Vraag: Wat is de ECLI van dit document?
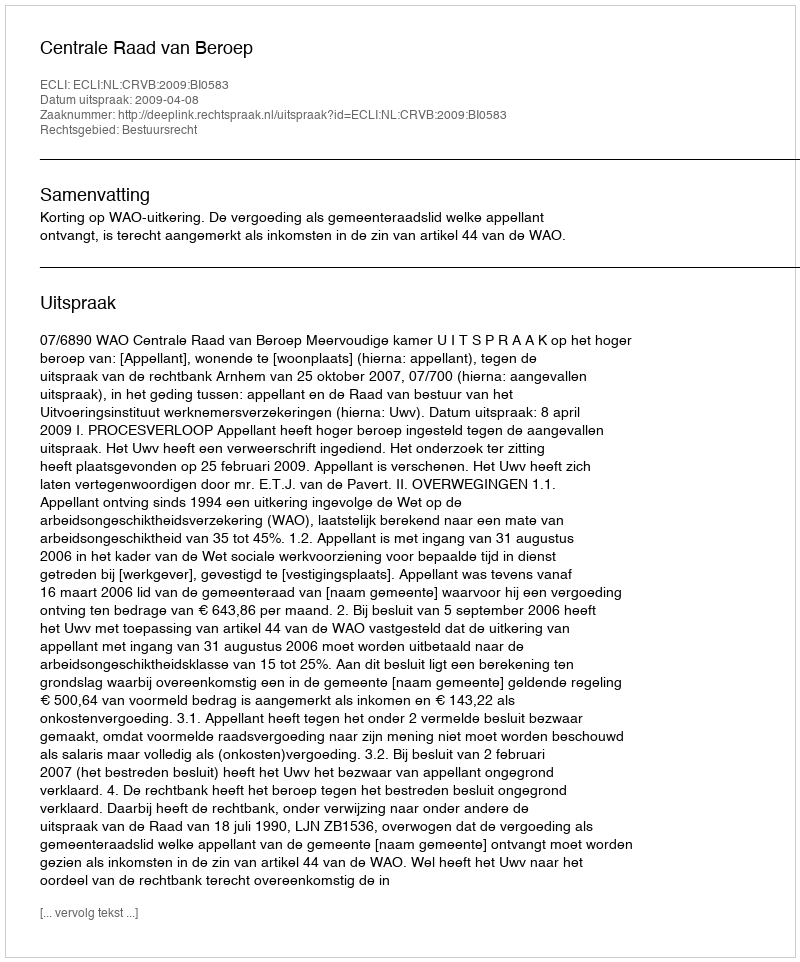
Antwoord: ECLI:NL:CRVB:2009:BI0583